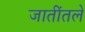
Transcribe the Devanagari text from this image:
जातींतले